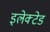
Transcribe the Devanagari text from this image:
इलेक्टेड